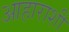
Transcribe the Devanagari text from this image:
आहाराशी